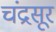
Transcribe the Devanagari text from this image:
चंद्रसूर